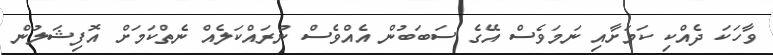
ވާހަކަ ދެއްކި ކަމަށާއި ނަމަވެސް އޭގެ ސަބަބުން އެއްވެސް ނުރައްކަލެއް ނެތްކަމަށް އޮފިޝަލުން